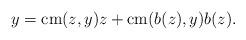
LaTeX: \begin{align*} y = \mathrm{cm}(z,y)z + \mathrm{cm}(b(z),y)b(z). \end{align*}